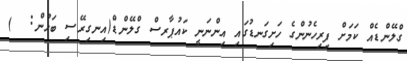
ގްލޭންޑެއް ކަމަށް ފިރިހެނުންގެ ހަށިގަނޑުގައި އިންނަނީ ކައުޕާރސް ގްލޭންޑް(އިނގިރޭސި ބަހުން:  )